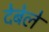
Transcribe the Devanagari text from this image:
देबेले